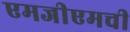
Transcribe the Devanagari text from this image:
एमजीएमची